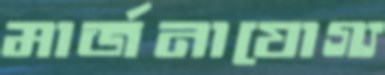
মার্জনাযোগ্য